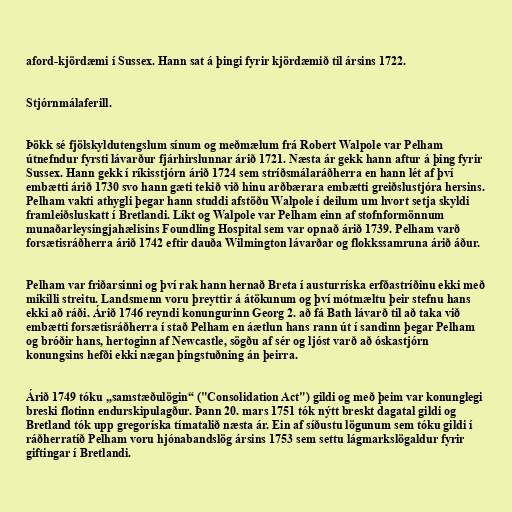
aford-kjördæmi í Sussex. Hann sat á þingi fyrir kjördæmið til ársins 1722.

Stjórnmálaferill.

Þökk sé fjölskyldutengslum sínum og meðmælum frá Robert Walpole var Pelham
útnefndur fyrsti lávarður fjárhirslunnar árið 1721. Næsta ár gekk hann aftur á þing fyrir
Sussex. Hann gekk í ríkisstjórn árið 1724 sem stríðsmálaráðherra en hann lét af því
embætti árið 1730 svo hann gæti tekið við hinu arðbærara embætti greiðslustjóra hersins.
Pelham vakti athygli þegar hann studdi afstöðu Walpole í deilum um hvort setja skyldi
framleiðsluskatt í Bretlandi. Líkt og Walpole var Pelham einn af stofnformönnum
munaðarleysingjahælisins Foundling Hospital sem var opnað árið 1739. Pelham varð
forsætisráðherra árið 1742 eftir dauða Wilmington lávarðar og flokkssamruna árið áður.

Pelham var friðarsinni og því rak hann hernað Breta í austurríska erfðastríðinu ekki með
mikilli streitu. Landsmenn voru þreyttir á átökunum og því mótmæltu þeir stefnu hans
ekki að ráði. Árið 1746 reyndi konungurinn Georg 2. að fá Bath lávarð til að taka við
embætti forsætisráðherra í stað Pelham en áætlun hans rann út í sandinn þegar Pelham
og bróðir hans, hertoginn af Newcastle, sögðu af sér og ljóst varð að óskastjórn
konungsins hefði ekki nægan þingstuðning án þeirra.

Árið 1749 tóku „samstæðulögin“ ("Consolidation Act") gildi og með þeim var konunglegi
breski flotinn endurskipulagður. Þann 20. mars 1751 tók nýtt breskt dagatal gildi og
Bretland tók upp gregoríska tímatalið næsta ár. Ein af síðustu lögunum sem tóku gildi í
ráðherratíð Pelham voru hjónabandslög ársins 1753 sem settu lágmarkslögaldur fyrir
giftingar í Bretlandi.